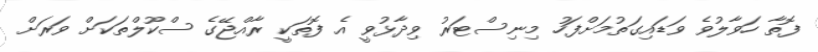
ފޮތާ ހަވާލުވެ ވަޑައިގަތުމަށްފަހު މިނިސްޓަރު ވިދާޅުވީ އެ ފޮތަކީ ރާއްޖޭގެ ސްކޫލްތަކަށް ވަރަށް